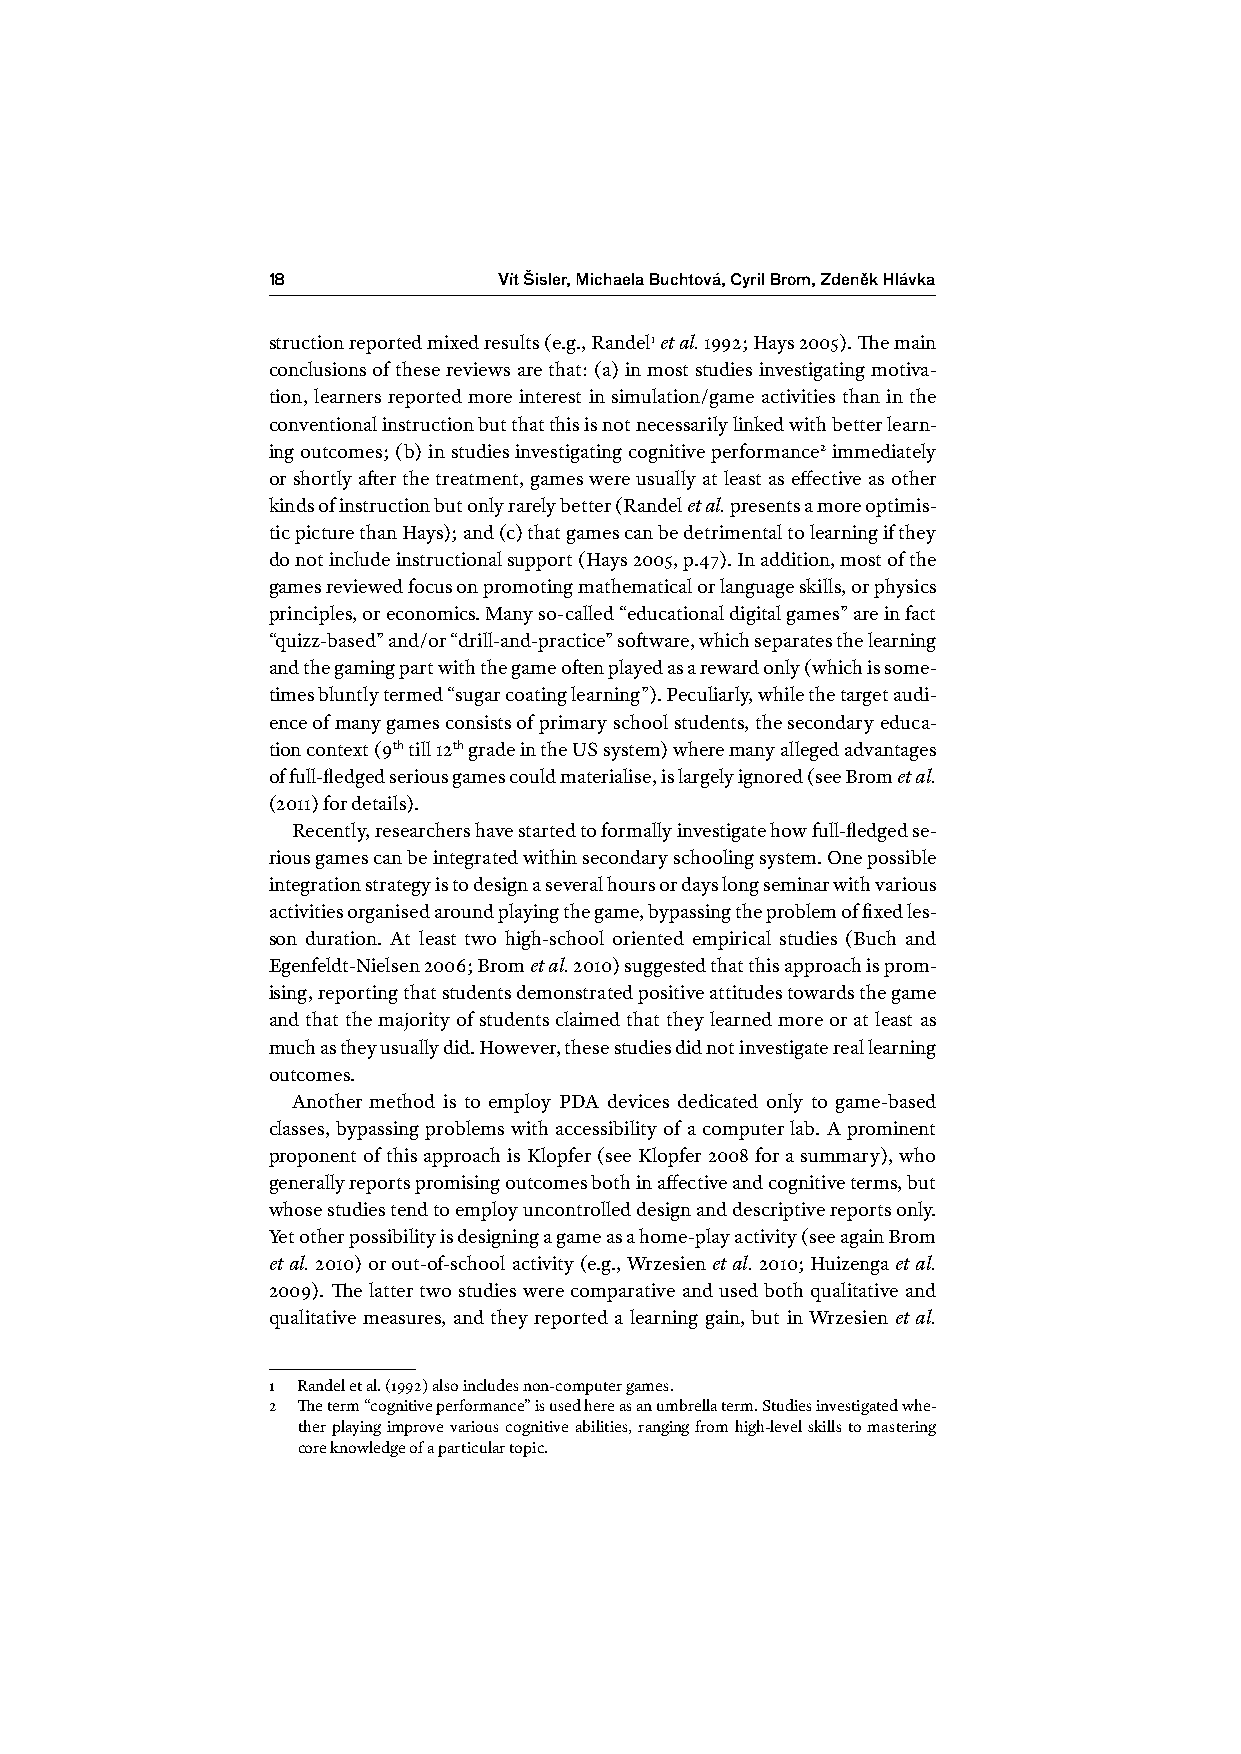
18             Vít Šisler, Michaela Buchtová, Cyril Brom, Zdeněk Hlávka
 struction reported mixed results (e.g., Randel1 et al. 1992; Hays 2005). The main
 conclusions of these reviews are that: (a) in most studies investigating motiva-
 tion, learners reported more interest in simulation/game activities than in the
 conventional instruction but that this is not necessarily linked with better learn-
 ing outcomes; (b) in studies investigating cognitive performance2 immediately
 or shortly after the treatment, games were usually at least as effective as other
 kinds of instruction but only rarely better (Randel et al. presents a more optimis-
 tic picture than Hays); and (c) that games can be detrimental to learning if they
 do not include instructional support (Hays 2005, p.47). In addition, most of the
 games reviewed focus on promoting mathematical or language skills, or physics
 principles, or economics. Many so-called “educational digital games” are in fact
 “quizz-based” and/or “drill-and-practice” software, which separates the learning
 and the gaming part with the game often played as a reward only (which is some-
 times bluntly termed “sugar coating learning”). Peculiarly, while the target audi-
 ence of many games consists of primary school students, the secondary educa-
 tion context (9th till 12th grade in the US system) where many alleged advantages
 of full-fledged serious games could materialise, is largely ignored (see Brom et al.
 (2011) for details).
 Recently, researchers have started to formally investigate how full-fledged se-
 rious games can be integrated within secondary schooling system. One possible
 integration strategy is to design a several hours or days long seminar with various
 activities organised around playing the game, bypassing the problem of fixed les-
 son duration. At least two high-school oriented empirical studies (Buch and
 Egenfeldt-Nielsen 2006; Brom et al. 2010) suggested that this approach is prom-
 ising, reporting that students demonstrated positive attitudes towards the game
 and that the majority of students claimed that they learned more or at least as
 much as they usually did. However, these studies did not investigate real learning
 outcomes.
 Another method is to employ PDA devices dedicated only to game-based
 classes, bypassing problems with accessibility of a computer lab. A prominent
 proponent of this approach is Klopfer (see Klopfer 2008 for a summary), who
 generally reports promising outcomes both in affective and cognitive terms, but
 whose studies tend to employ uncontrolled design and descriptive reports only.
 Yet other possibility is designing a game as a home-play activity (see again Brom
 et al. 2010) or out-of-school activity (e.g., Wrzesien et al. 2010; Huizenga et al.
 2009). The latter two studies were comparative and used both qualitative and
 qualitative measures, and they reported a learning gain, but in Wrzesien et al.
 1 Randel et al. (1992) also includes non-computer games.
 2 The term “cognitive performance” is used here as an umbrella term. Studies investigated whe-
 ther playing improve various cognitive abilities, ranging from high-level skills to mastering
 core knowledge of a particular topic.